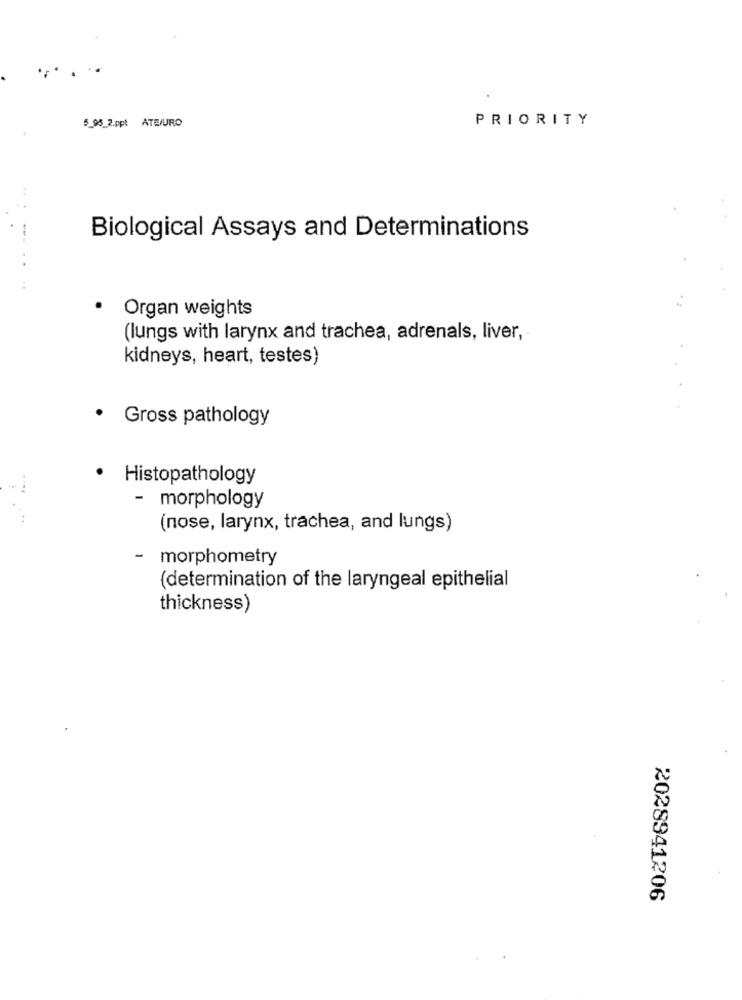
5_95_2.ppt ATEURO
PRIORITY
Biological Assays and Determinations
- -..
· Organ weights
(lungs with larynx and trachea, adrenals, liver,
kidneys, heart, testes)
· Gross pathology
Histopathology
- morphology
(nose, larynx, trachea, and lungs)
morphometry
(determination of the laryngeal epithelial
thickness)
2028941206